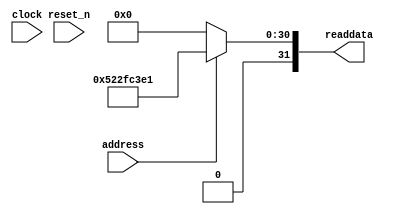
module sysid (
               // inputs:
                address,
                clock,
                reset_n,

               // outputs:
                readdata
             )
;

  output  [ 31: 0] readdata;
  input            address;
  input            clock;
  input            reset_n;

  wire    [ 31: 0] readdata;
  //control_slave, which is an e_avalon_slave
  assign readdata = address ? 1378862049 : 0;

endmodule